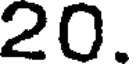
20.